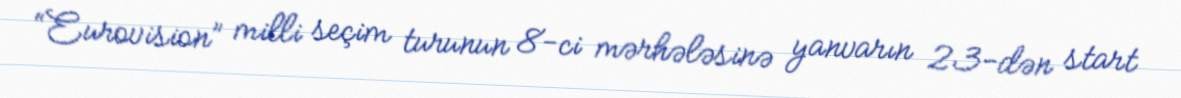
“Eurovision” milli seçim turunun 8-ci mərhələsinə yanvarın 23-dən start